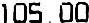
105.00